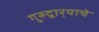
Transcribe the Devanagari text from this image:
गुरुद्वार्‍याचे